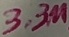
Text: 3.3µ